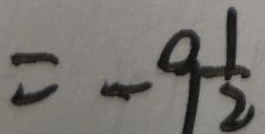
= - 9 \frac { 1 } { 2 }